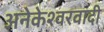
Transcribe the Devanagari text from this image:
अनेकेश्वरवादी